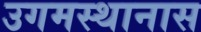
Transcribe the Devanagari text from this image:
उगमस्थानास